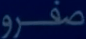
صفرو